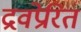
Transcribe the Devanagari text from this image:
द्रवप्रेरित